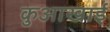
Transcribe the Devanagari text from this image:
कुआखाई